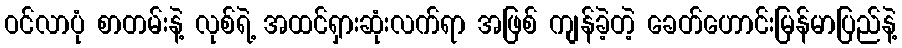
ဝင်လာပုံ စာတမ်းနဲ့ လုစ်ရဲ့ အထင်ရှားဆုံးလက်ရာ အဖြစ် ကျန်ခဲ့တဲ့ ခေတ်ဟောင်းမြန်မာပြည်နဲ့